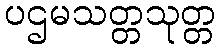
ပဌမသတ္တသုတ္တ